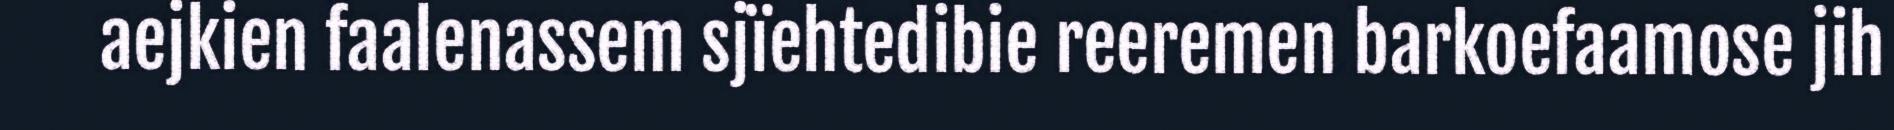
aejkien faalenassem sjïehtedibie reeremen barkoefaamose jih